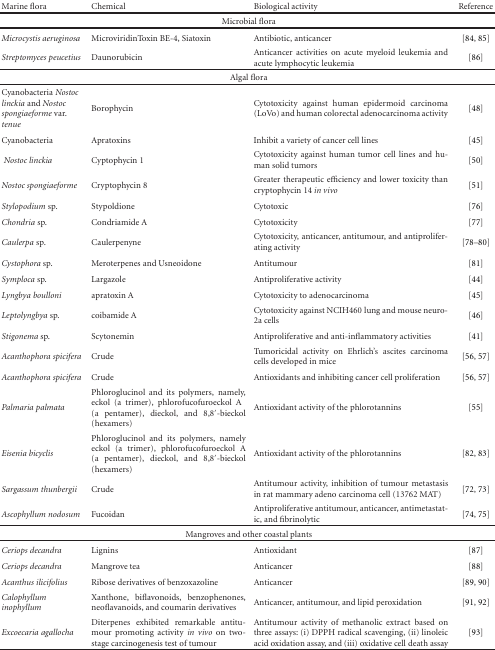
<table><thead><tr><td><b>Marine flora</b></td><td><b>Chemical</b></td><td><b>Biological activity</b></td><td><b>Reference</b></td></tr></thead><tbody><tr><td colspan="4">Microbial flora</td></tr><tr><td><i>Microcystis aeruginosa</i></td><td>MicroviridinToxin BE-4, Siatoxin</td><td>Antibiotic, anticancer</td><td>[84, 85]</td></tr><tr><td><i>Streptomyces peucetius</i></td><td>Daunorubicin</td><td>Anticancer activities on acute myeloid leukemia and acute lymphocytic leukemia</td><td>[86]</td></tr><tr><td colspan="4">Algal flora</td></tr><tr><td>Cyanobacteria <i>Nostoc linckia </i>and <i>Nostoc spongiaeforme </i>var. <i>tenue </i></td><td>Borophycin</td><td>Cytotoxicity against human epidermoid carcinoma (LoVo) and human colorectal adenocarcinoma activity</td><td>[48]</td></tr><tr><td>Cyanobacteria</td><td>Apratoxins</td><td>Inhibit a variety of cancer cell lines</td><td>[45]</td></tr><tr><td><i> Nostoc linckia</i></td><td>Cyptophycin 1</td><td>Cytotoxicity against human tumor cell lines and human solid tumors</td><td>[50]</td></tr><tr><td><i>Nostoc spongiaeforme</i></td><td>Cryptophycin 8</td><td>Greater therapeutic efficiency and lower toxicity than cryptophycin 14 <i>in vivo </i></td><td>[51]</td></tr><tr><td><i>Stylopodium </i>sp.</td><td>Stypoldione</td><td>Cytotoxic</td><td>[76]</td></tr><tr><td><i>Chondria </i>sp.</td><td>Condriamide A</td><td>Cytotoxicity</td><td>[77]</td></tr><tr><td><i>Caulerpa </i>sp.</td><td>Caulerpenyne</td><td>Cytotoxicity, anticancer, antitumour, and antiproliferating activity</td><td>[78–80]</td></tr><tr><td><i>Cystophora </i>sp.</td><td>Meroterpenes and Usneoidone</td><td>Antitumour</td><td>[81]</td></tr><tr><td><i>Symploca</i> sp.</td><td>Largazole</td><td>Antiproliferative activity</td><td>[44]</td></tr><tr><td><i>Lyngbya boulloni</i></td><td>apratoxin A</td><td>Cytotoxicity to adenocarcinoma</td><td>[45]</td></tr><tr><td><i>Leptolyngbya </i>sp.</td><td>coibamide A</td><td>Cytotoxicity against NCIH460 lung and mouse neuro-2a cells</td><td>[46]</td></tr><tr><td><i>Stigonema </i>sp.</td><td>Scytonemin</td><td>Antiproliferative and anti-inflammatory activities</td><td>[41]</td></tr><tr><td><i>Acanthophora spicifera</i></td><td>Crude</td><td>Tumoricidal activity on Ehrlich&#x27;s ascites carcinoma cells developed in mice</td><td>[56, 57]</td></tr><tr><td><i>Acanthophora spicifera</i></td><td>Crude</td><td>Antioxidants and inhibiting cancer cell proliferation</td><td>[56, 57]</td></tr><tr><td><i>Palmaria palmata</i></td><td>Phloroglucinol and its polymers, namely, eckol (a trimer), phlorofucofuroeckol A (a pentamer), dieckol, and 8,8′-bieckol (hexamers)</td><td>Antioxidant activity of the phlorotannins</td><td>[55]</td></tr><tr><td><i>Eisenia bicyclis</i></td><td>Phloroglucinol and its polymers, namely eckol (a trimer), phlorofucofuroeckol A (a pentamer), dieckol, and 8,8′-bieckol (hexamers)</td><td>Antioxidant activity of the phlorotannins</td><td>[82, 83]</td></tr><tr><td><i>Sargassum thunbergii </i></td><td>Crude</td><td>Antitumour activity, inhibition of tumour metastasis in rat mammary adeno carcinoma cell (13762 MAT)</td><td>[72, 73]</td></tr><tr><td><i>Ascophyllum nodosum </i></td><td>Fucoidan</td><td>Antiproliferative antitumour, anticancer, antimetastatic, and fibrinolytic</td><td>[74, 75]</td></tr><tr><td colspan="4">Mangroves and other coastal plants</td></tr><tr><td><i>Ceriops decandra</i></td><td>Lignins</td><td>Antioxidant</td><td>[87]</td></tr><tr><td><i>Ceriops decandra</i></td><td>Mangrove tea</td><td>Anticancer</td><td>[88]</td></tr><tr><td><i>Acanthus ilicifolius </i></td><td>Ribose derivatives of benzoxazoline</td><td>Anticancer</td><td>[89, 90]</td></tr><tr><td><i>Calophyllum inophyllum </i></td><td>Xanthone, biflavonoids, benzophenones, neoflavanoids, and coumarin derivatives </td><td>Anticancer, antitumour, and lipid peroxidation</td><td>[91, 92]</td></tr><tr><td><i>Excoecaria agallocha </i></td><td>Diterpenes exhibited remarkable antitumour promoting activity <i>in vivo</i> on two-stage carcinogenesis test of tumour</td><td>Antitumour activity of methanolic extract based on three assays: (i) DPPH radical scavenging, (ii) linoleic acid oxidation assay, and (iii) oxidative cell death assay</td><td>[93]</td></tr></tbody></table>